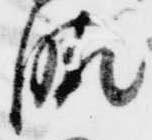
晴